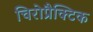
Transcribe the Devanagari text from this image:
चिरोप्रैक्टिक